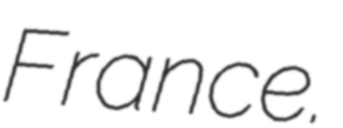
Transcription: France.